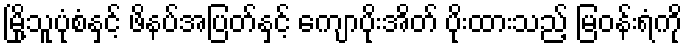
မြို့သူပုံစံနှင့် ဖိနပ်အပြတ်နှင့် ကျောပိုးအိတ် ပိုးထားသည့် မြဝန်းရံကို